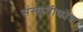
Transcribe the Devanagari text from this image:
संस्कृतीकोश